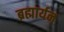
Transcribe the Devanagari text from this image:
ब्रह्मार्यन